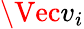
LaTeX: \Vec{v}_{i}